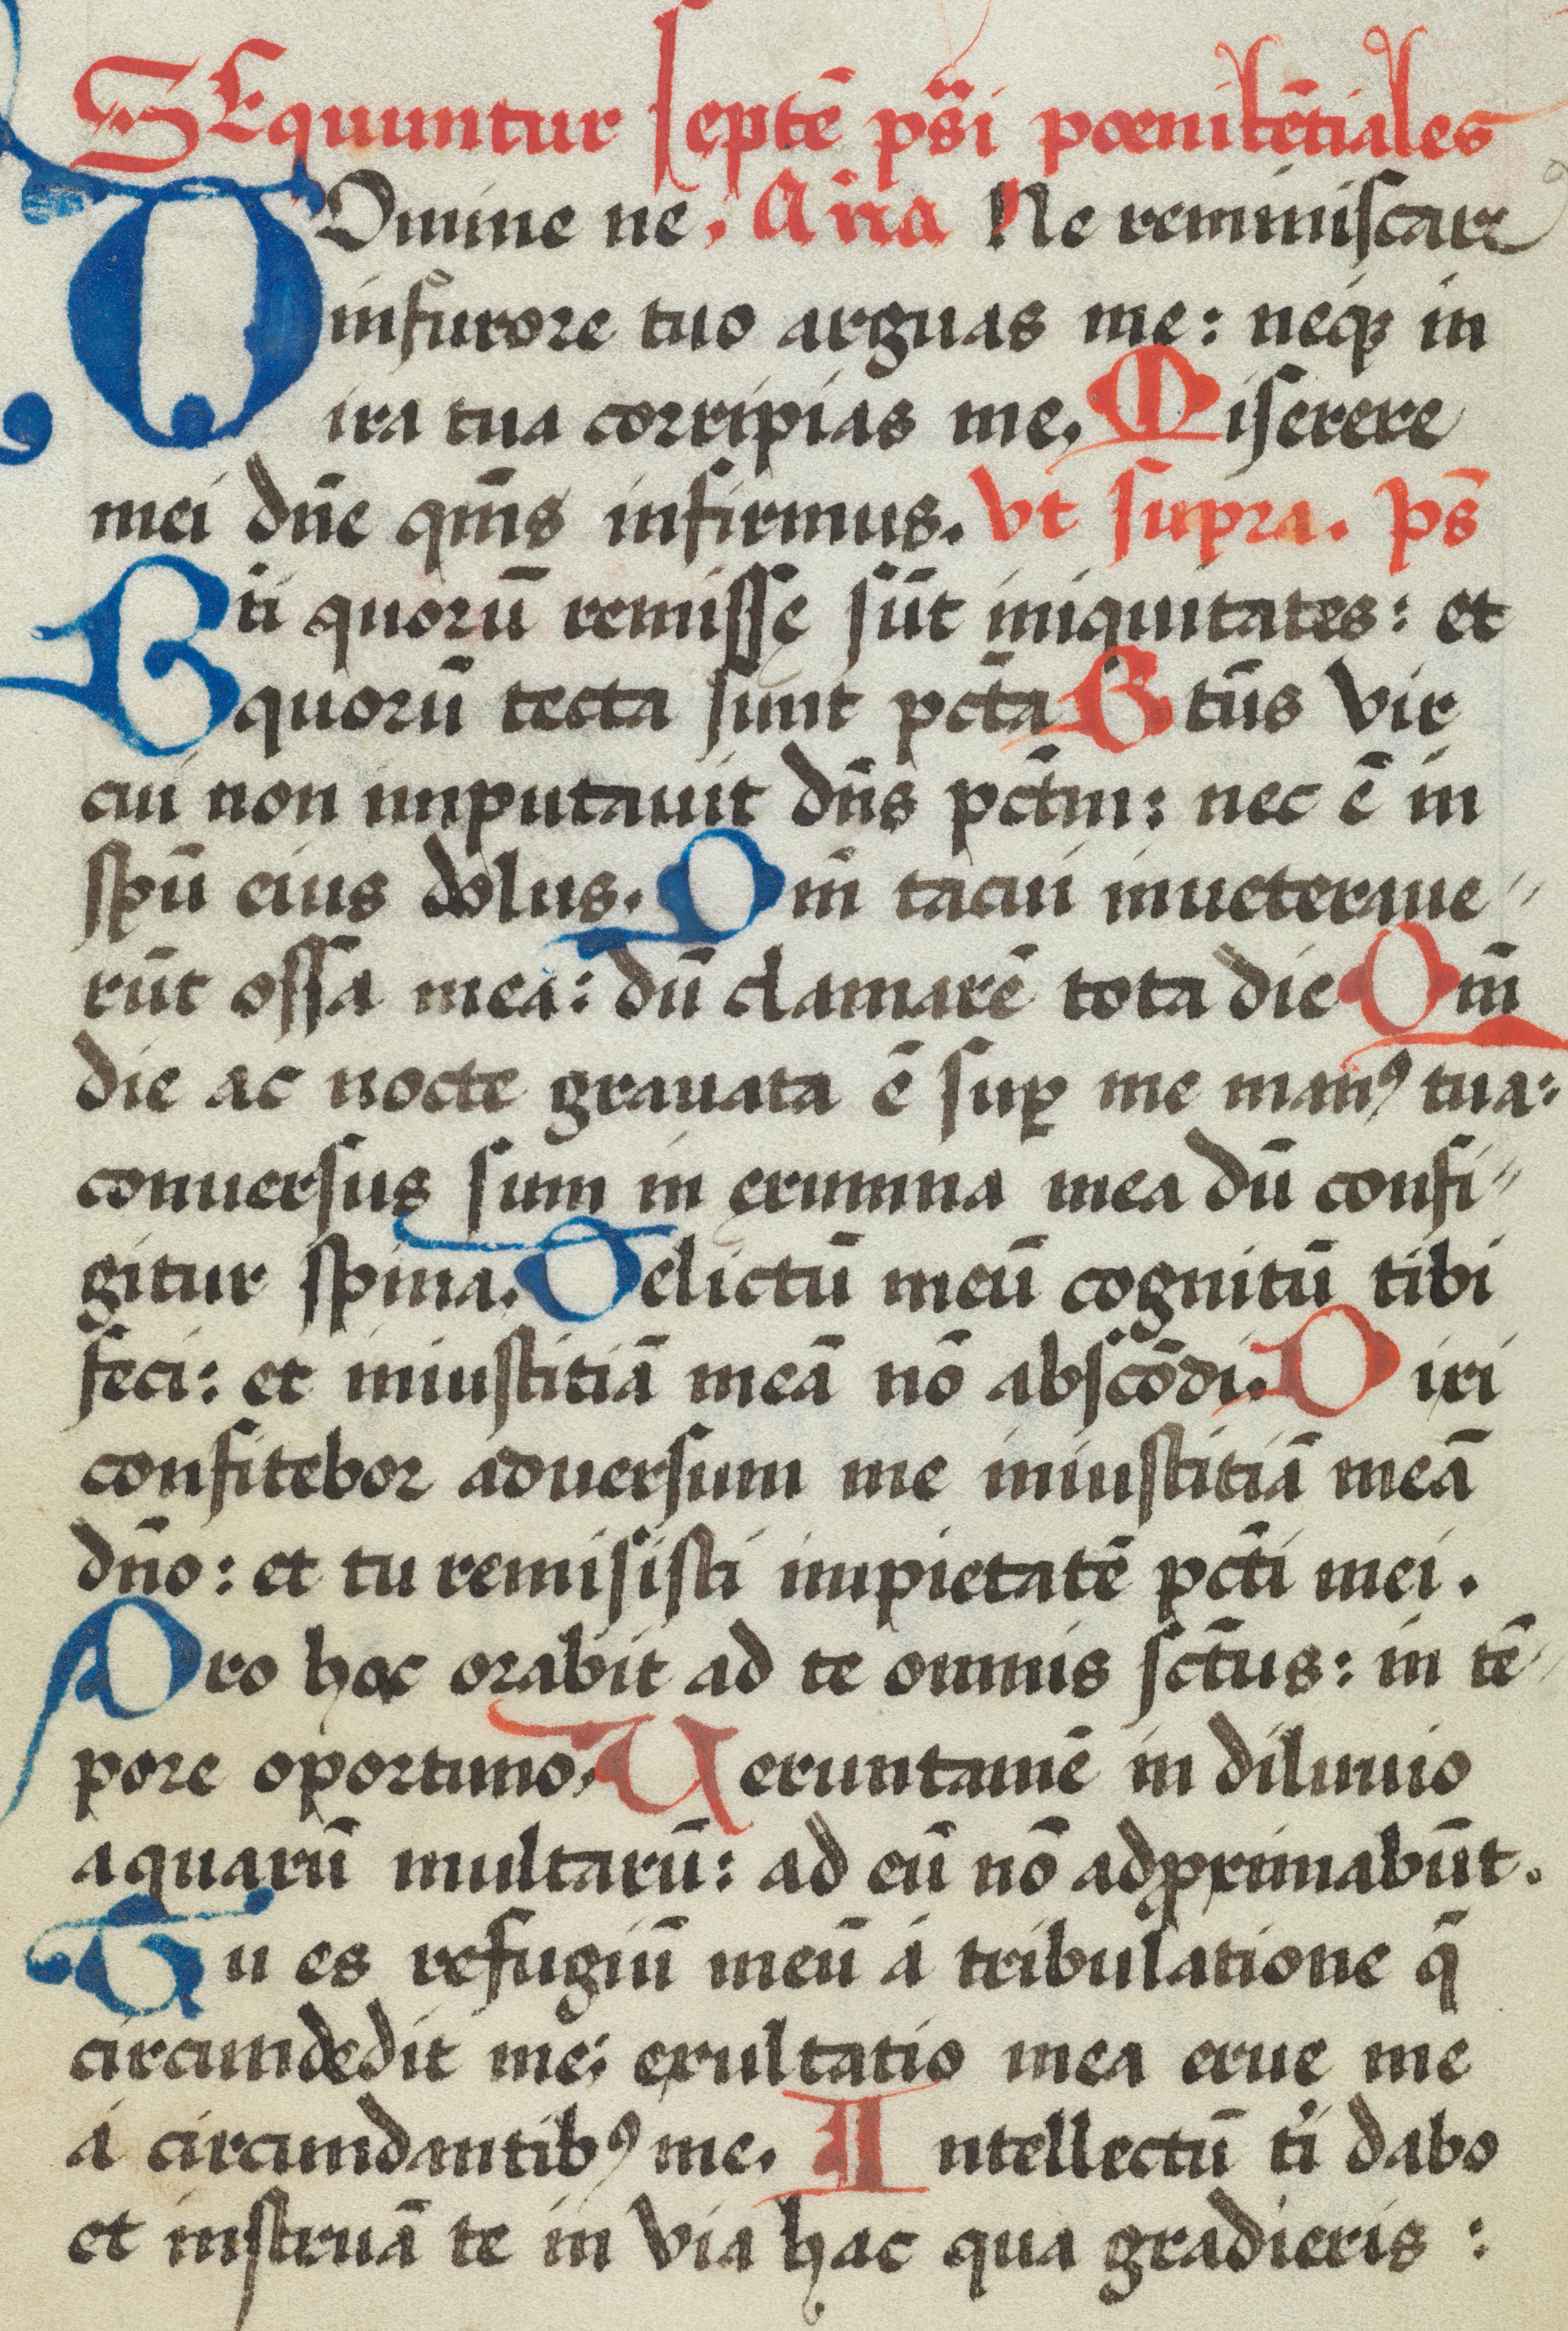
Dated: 1574–1574